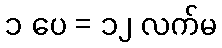
၁ ပေ = ၁၂ လက်မ